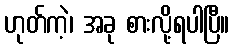
ဟုတ်ကဲ့၊ အခု စားလို့ရပါပြီ။